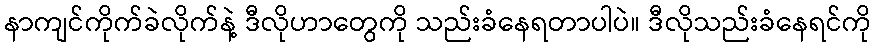
နာကျင်ကိုက်ခဲလိုက်နဲ့ ဒီလိုဟာတွေကို သည်းခံနေရတာပါပဲ။ ဒီလိုသည်းခံနေရင်ကို